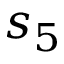
s _ { 5 }